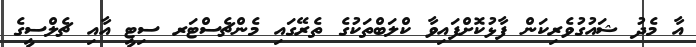
އާ މެދު ޝައުގުވެރިކަން ފާޅުކޮށްފައިވާ ކްލަބްތަކުގެ ތެރޭގައި މެންޗެސްޓަރ ސިޓީ އާއި ޗެލްސީގެ